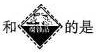
和 的是